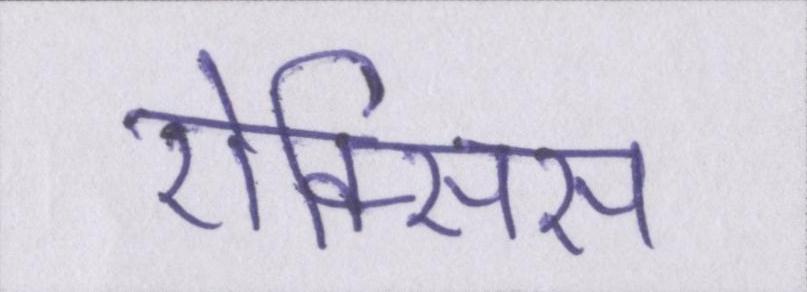
ऐक्सिस